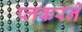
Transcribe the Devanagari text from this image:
प्लकरने